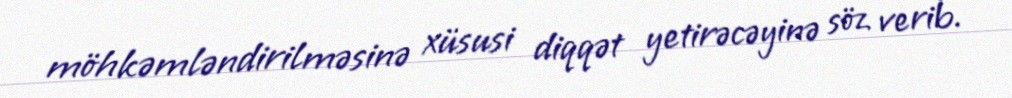
möhkəmləndirilməsinə xüsusi diqqət yetirəcəyinə söz verib.